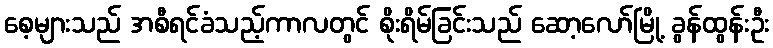
စေ့များသည် အစီရင်ခံသည့်ကာလတွင် စိုးရိမ်ခြင်းသည် ဆော့လော်မြို့ ခွန်ထွန်းဦး